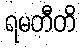
ရမတီတိ